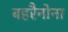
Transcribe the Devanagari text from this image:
बहरैनोना